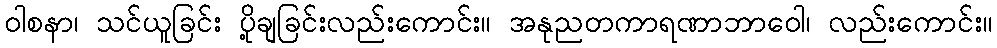
ဝါစနာ၊ သင်ယူခြင်း ပို့ချခြင်းလည်းကောင်း။ အနုညတကာရဏာဘာဝေါ၊ လည်းကောင်း။